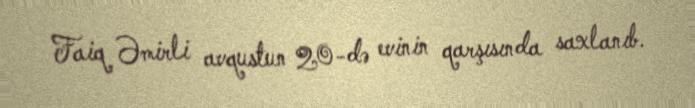
Faiq Əmirli avqustun 20-də evinin qarşısında saxlanıb.